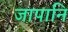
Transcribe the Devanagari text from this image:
जापानि